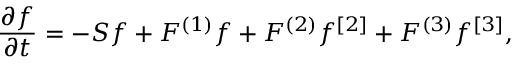
\ensuremath { \frac { \partial f } { \partial t } } = - S f + F ^ { ( 1 ) } f + F ^ { ( 2 ) } f ^ { [ 2 ] } + F ^ { ( 3 ) } f ^ { [ 3 ] } ,